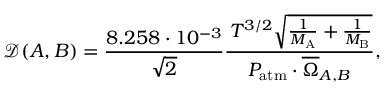
\mathcal { D } ( A , B ) = \frac { 8 . 2 5 8 \cdot 1 0 ^ { - 3 } } { \sqrt { 2 } } \frac { \, T ^ { 3 / 2 } \sqrt { \frac { 1 } { M _ { \mathrm { A } } } + \frac { 1 } { M _ { \mathrm { B } } } } } { P _ { \mathrm { a t m } } \cdot \overline { { \Omega } } _ { A , B } } ,